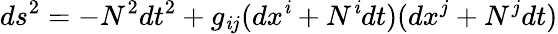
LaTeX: ds^{2}=-N^{2}dt^{2}+g_{\mathit{i}j}(dx^{\mathit{i}}+N^{\mathit{i}}dt)(dx^{j}+N^{j}dt)